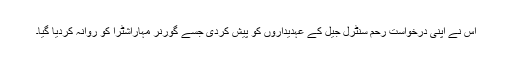
اس نے اپنی درخواست رحم سنٹرل جیل کے عہدیداروں کو پیش کردی جسے گورنر مہاراشٹرا کو روانہ کردیا گیا۔